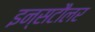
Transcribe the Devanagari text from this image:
इन्सटौलर